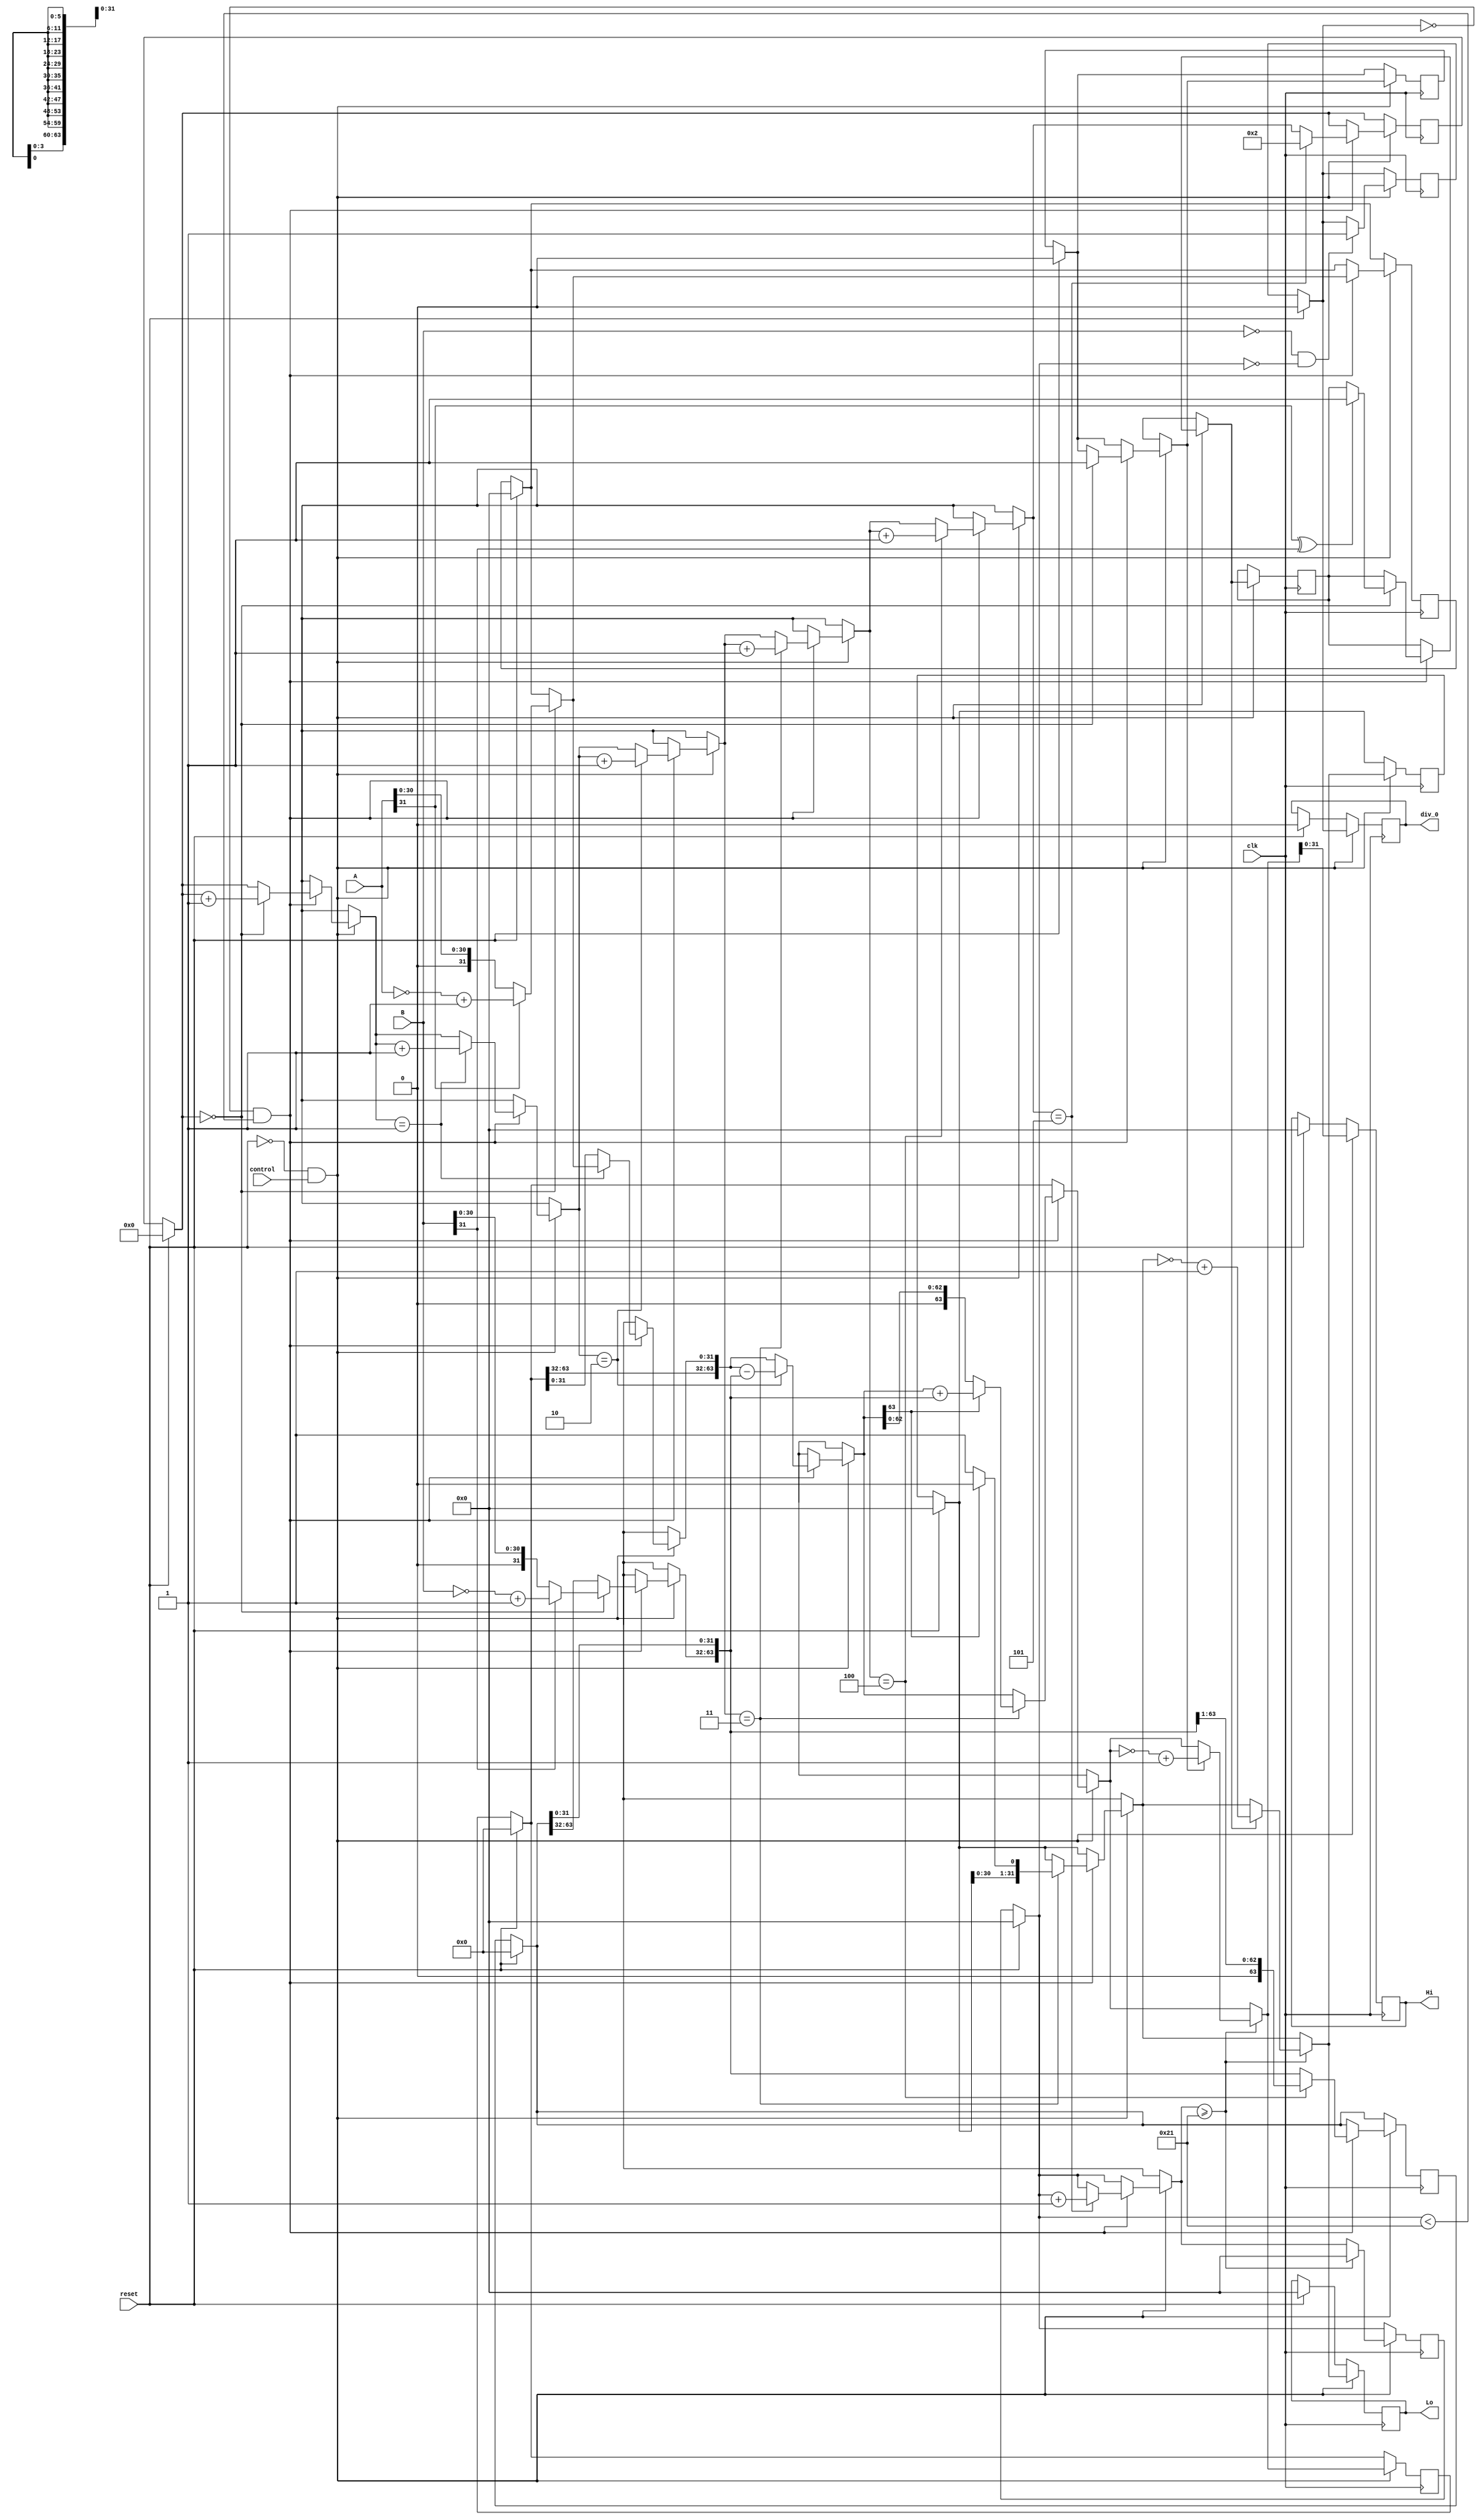
module DIV (
    input   wire              clk,
    input   wire              reset,
    input   wire              control,
    input   wire    [31:0]    A,    // dividend
    input   wire    [31:0]    B,    // divisor
    output  reg    [31:0]    Hi,   // quotient
    output  reg    [31:0]    Lo,   // remainder
    output  reg	      div_0
);

    reg     [31:0]  dividend;
    reg     [63:0]  divisor;    
    reg     [31:0]  quotient;   // lo
    reg     [63:0]  remainder;  // hi
    reg                     reg_div_0;


    reg [5:0] counter;
    reg [31:0] bits_processed;
    reg sign;
    reg sign_dividend;
    reg div_end;

    always @(posedge clk) begin
        if (reset) begin
            dividend  = 1'b0;
            divisor   = 1'b0;
            quotient  = 1'b0;
            remainder = 1'b0;
            reg_div_0 = 1'b0;
            div_0 = 1'b0;
            bits_processed = 0;
            counter = 6'b000000;
            sign_dividend = 1'b0;
            Hi = 32'b0;
            Lo = 32'b0;
        end

        if (!reset && control) begin
            if (B == 32'b0 && bits_processed == 1'b0) begin
                reg_div_0 <= 1'b1;
            end

            if (!reg_div_0 && bits_processed < 33) begin

                if (counter == 6'b000000) begin
                    if (A[31]) begin
                        dividend = ~A + 1'b1;    
                        sign_dividend = 1'b1;
                    end
                    else begin
                        dividend = A;
                        sign_dividend = 1'b1;
                    end

                    if (B[31]) begin
                        divisor[63:32] = ~B + 1'b1;
                    end
                    else begin
                        divisor[63:32] = B;
                    end

                    counter = counter + 1;
                    
                    if (A[31] ^ B[31]) begin
                        sign = 1'b1;
                    end

                end
                
                if (counter == 6'b000001) begin
                    remainder[31:0] = dividend;
                    counter = counter + 1;
                end

                if (counter == 6'b000010) begin
                    remainder = remainder - divisor;
                    counter = counter + 1;
                end
                
                if (counter == 6'b000011) begin
                    if (remainder[63] == 1'b0) begin        // positivo
                        quotient = quotient << 1'b1;
                        quotient[0] = 1'b1;
                    end
                    else begin
                        remainder = remainder + divisor;
                        quotient = quotient << 1'b1;
                        quotient[0] = 1'b0;
                    end
                    counter = counter + 1;
                end
                
                if (counter == 6'b000100) begin
                    divisor = divisor >> 1'b1;
                    counter = counter + 1;
                end
                
                if (counter == 6'b000101) begin
                    counter = 2'b10;
                    bits_processed = bits_processed + 1;
                end
            end

            if (bits_processed >= 33) begin
                if (sign) begin
                    quotient = ~quotient + 1'b1;
                end

                if (sign_dividend) begin
                    remainder = ~remainder + 1'b1;
                end
                bits_processed = 32'b0;
            end

            Lo = quotient;
            Hi = remainder[31:0];
            div_0 = reg_div_0;
        end
    end
endmodule